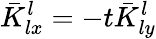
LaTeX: \bar{K}_{lx}^{l}=-t\bar{K}_{ly}^{l}